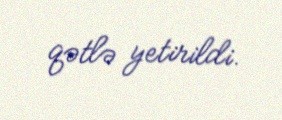
qətlə yetirildi.